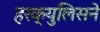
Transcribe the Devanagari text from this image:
हरक्युलिसने